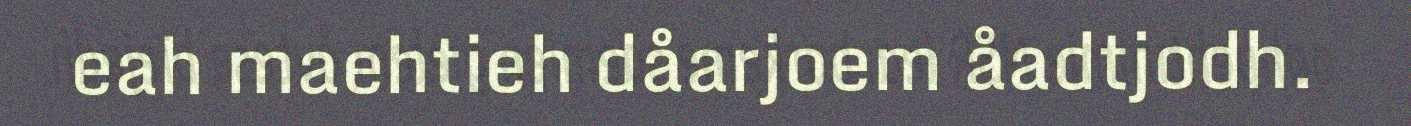
eah maehtieh dåarjoem åadtjodh.